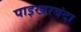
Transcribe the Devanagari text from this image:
पाइखरबंदा